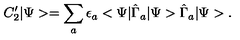
C _ { 2 } ^ { \prime } | \Psi > = \sum _ { a } \epsilon _ { a } < \Psi | \hat { \Gamma } _ { a } | \Psi > \hat { \Gamma } _ { a } | \Psi > .